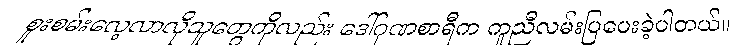
စူးစမ်းလေ့လာလိုသူတွေကိုလည်း ဒေါ်ဂုဏစာရီက ကူညီလမ်းပြပေးခဲ့ပါတယ်။